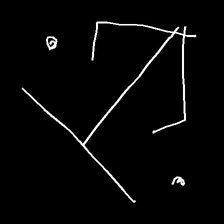
Glyph: earth